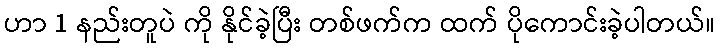
ဟာ 1 နည်းတူပဲ ကို နိုင်ခဲ့ပြီး တစ်ဖက်က ထက် ပိုကောင်းခဲ့ပါတယ်။